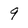
Character: 9